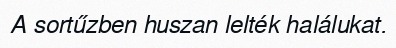
A sortűzben huszan lelték halálukat.